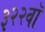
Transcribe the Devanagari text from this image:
३२२वॉ